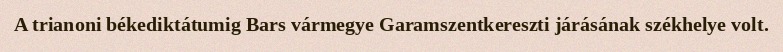
A trianoni békediktátumig Bars vármegye Garamszentkereszti járásának székhelye volt.